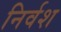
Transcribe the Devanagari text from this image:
निर्वश